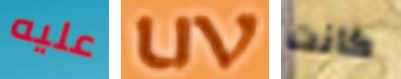
عليه uv كانت